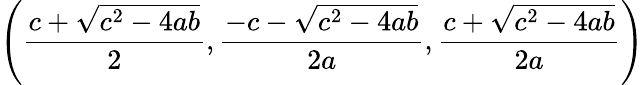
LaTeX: \left({\frac{c+{\sqrt{c^{2}-4ab}}}{2}},{\frac{-c-{\sqrt{c^{2}-4ab}}}{2a}},{\frac{c+{\sqrt{c^{2}-4ab}}}{2a}}\right)